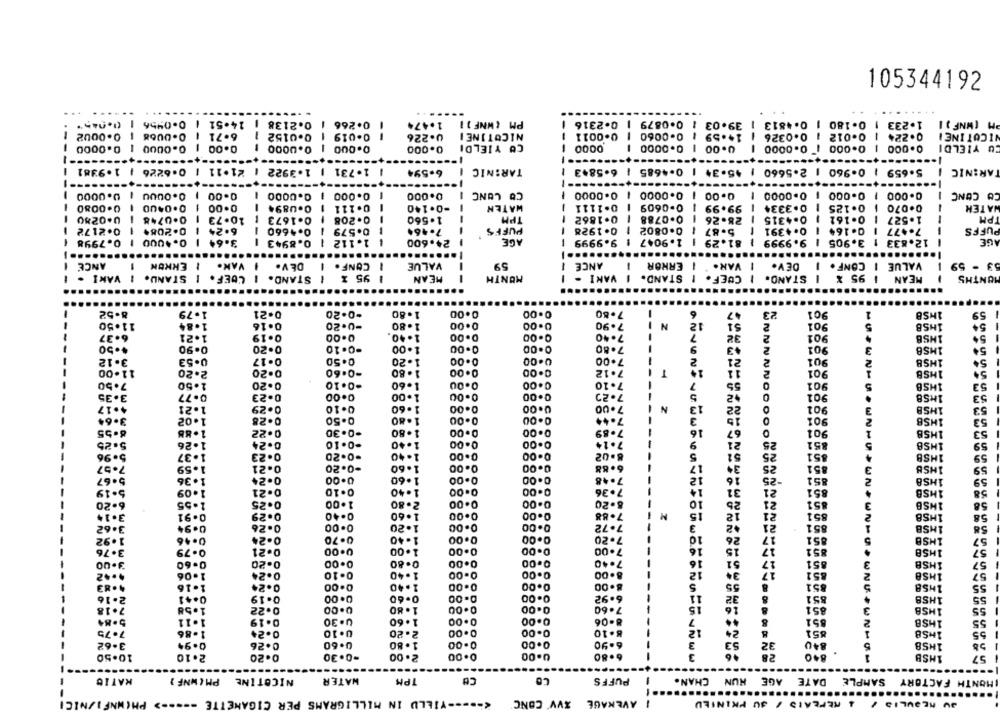
105344192
...
14-51 1 0.0956
0.2138
0.266
1.474
PM (HNF ) 1
1.233 1 0.180 1 0.4813 | 39.03 1 0.0879 | 0-2316
PM [WNF ) I
-
0.0002
O.DU68
6.71
0.0152
0-019
U.226
NICOTINE I
0.0011
0.0326 | 14.59 1 0-0060
0.224 | 0-012 1
NICOTINEI
-
CO YIELDI
0.0000 | 0.0000
0.00
0.0000
0.000
--
0.000
0000
0.0000
0.00
10.0000
0.000 1 0.000
CU YIELD
-
-
.. +
---
-----------
----
0.6226 | 1.9381
1.3922 1 21.11
1.731
6.594
TAR:NIC
5.659 1 0-960 1 2.5660 1 45-34 1 0.4685 | 6-5843
TARINIC
---
-----
---
U.0000
0.OuUU
0.00
0.0000
0.000
0.000
CO LUNC
0.0000
0.0000
0.00
0 .0000
0.000 1 0.000
CO CONC
-
--
0.0080
0.0400
0.00
0.U894
0.111
-0.140
WATEN
0.1111
0-0609
99.99
0.3334
0.125
0.070
WATER
-
TPM
-
0-0788
-
PH
0.0280
0.0748
10.73
0.1673
0.208
1.560
0.1862
28.26
0.4315
0.162
1.527
0.2172
0.2084
6.24
-
0.4660
0.579
--
7.464
PUFFS
0.1928
0.0802
5.87
0.4391
0.164
7.477
PUFFS
0.7998
0.4000
3.64
0.8943
1.112
24.600
AGE
9.9999
1.9047
81.29
9.9999 1
3.905
1
12.833
AGE
-
--
....
---
....
-
...
.....
ANCE
ENKUN
VAN.
DEV.
CONF .
VALUE
59
ANCE
ERKOR
1 VAR.
DEV.
VALUE I CONF.
53 - 59
-
-
-
-
VANI .
STAND. I COEF. I STANU.
95 %
MEAN
MONTH
COEF. I STAND. I VANI -
STAND. 1
1
MEAN 1 95 X
MONTHS
-
-
-
8.52
1.79
0.21
-0.20
1.80
0.00
0.00
7.80
6
23
901
1HSB
59
11.50
1.84
0.16
-u-20
1.80
0.00
0.00
7.90
N
12
901
54
32
1HSB
6.37
1.21
0.19
0.00
1.40
0.00
0.00
7.40
901
1HSB
54
0.00
43
4.50
0.90
0.20
-0-10
1.00
0.00
7.80
2
901
1MSB
5+
3.12
0-53
0-17
0.50
1.20
0.00
0.00
7.00
21
2
901
1HSB
11
11.00
2.20
0.20
-0.60
1.80
0.00
0.00
7.12
T
2
901
1HSB
0
7.50
2.50
0.20
-0.10
1.60
0.00
0.00
7.10
55
901
1HSB
53
3.35
0.77
0.23
0.00
1.00
0.00
0.00
7.20
+2
0
901
1H58
53
4.17
1.21
0 .29
0.10
1.60
0.00
0.00
7.00
N
13
22
901
IHSB
53
3.64
0.28
1.80
0.00
53
1.02
0.50
0.00
7.44
15
901
1HSB
8.55
1.88
0.22
-0-30
1.80
0.00
0.00
7.89
16
67
901
IHSB
53
1.26
0.24
-0.10
1.40
0.00
0.00
7.14
21
25
851
1HSB
59
5.96
0.23
-0.20
1-40
0.00
0.00
8.02
5
51
25
1.37
851
1HSB
59
1.59
0.21
-0.20
1.60
0.00
0.00
6.88
12
34
25
IHSB
59
1.36
0.24
0.00
1.60
0.00
0.00
7.48
12
16
-25
851
1HS8
59
5.19
1.09
0.21
0.10
1.40
0.00
0.00
14
31
21
58
7.36
851
1HSB
1.55
0.25
1.00
2.80
0.00
0.00
8.20
10
25
21
851
3
1HSB
58
21
3.14
0.91
0.29
0.40
1.60
0.00
0.00
7.88
12
851
2
1HSB
58
3.62
0.94
0.26
0.00
1.20
0.00
0.00
7.72
3
+2
21
1
851
1HSB
58
1.92
0.46
0-24
0.70
1.40
0.00
0.00
7.20
10
26
17
851
5
3.76
0.00
16
15
17
57
0.79
0.21
0.00
1.00
0.00
7.00
85.
1HSB
3.00
0.00
0.80
0.00
0.00
7.40
16
51
17
3
57
0.60
0-20
851
IHSB
1.06
0.24
0.10
1.40
0.00
0.00
8.00
12
34
17
851
2
1MSB
57
0.00
0.00
55
5
1.16
0.24
0.00
1.40
8 .00
S
1H58
55
ER ..
0.41
0.19
0.00
0-60
0.00
0.00
6.92
11
32
8
1HSB
55
15
16
1.58
0.22
0.00
1.80
0.00
0.00
7.60
&
851
3
1HSB
1.11
0.19
U .30
1.60
0.00
0.00
8-06
&
851
7
2
1HSB
55
1-86
0.2+
0.10
2.20
0.00
0.00
8.10
12
2+
451
1
1HS8
55
0.00
3
53
340
0.94
0.26
0.60
1.80
0.00
6.90
32
1H58
55
10.50
0.20
-0.30
2.00
0.00
0.00
6.80
3
28
840
2.10
1HSB
57
....
---
KATIC
NICOTINE PM(WNF)
WATER
TPM
CH
CO
PUFFS
MONTH FACTORY SAMPLE DATE AGE HUN CHAN.
-
..........
....
WNF I/NICI
--- YILLU IN MILLIGRAMS PER CIGANETTE ----- > PH
| AVERAGE XVV CONC
4 REPEATS / JU PKINILD